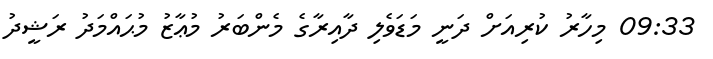
09:33 މިހާރު ކުރިއަަށް ދަނީ މަޑަވެލި ދާއިރާގެ މެންބަރު މުޢާޒު މުޙައްމަދު ރަޝީދު